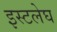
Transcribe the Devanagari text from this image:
इस्टलेघ